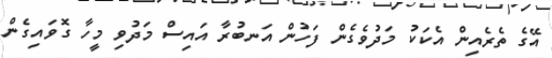
އޭގެ ތެރެއިން އެކަކު މަދުވެގެން ފަހުން އަނބުރާ އައިސް މަދުވި މީހާ ގޮވައިގެން